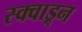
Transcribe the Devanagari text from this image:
स्क्वाड्र्न